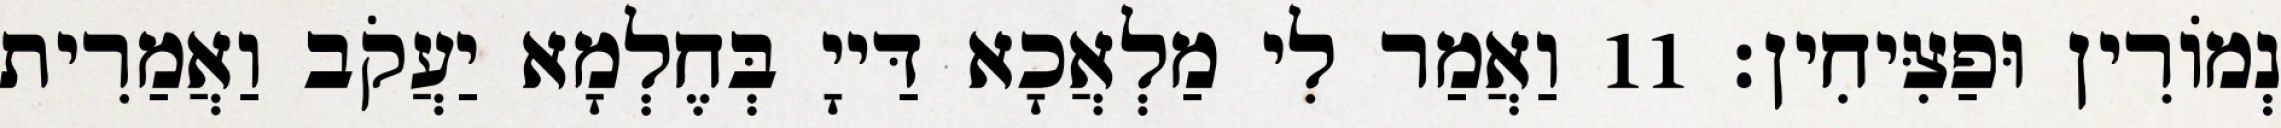
נְמוֹרִין וּפַצִּיחִין׃ 11 וַאֲמַר לִי מַלְאֲכָא דַּייָ בְּחֶלְמָא יַעֲקֹב וַאֲמַרִית